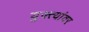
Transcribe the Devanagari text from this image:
युक्त्यांवर